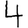
Digit: 4